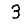
Digit: 3